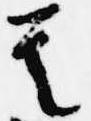
其